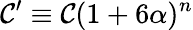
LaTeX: \mathcal{C}^{\prime}\equiv\mathcal{C}(1+6\alpha)^{n}